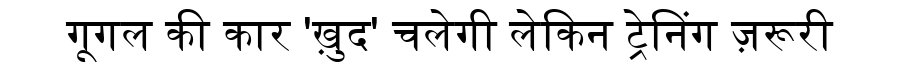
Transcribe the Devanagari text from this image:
गूगल की कार 'ख़ुद' चलेगी लेकिन ट्रेनिंग ज़रूरी